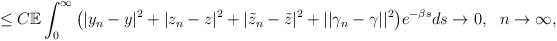
LaTeX: \begin{align*}\begin{aligned}&\leq C\mathbb{E}\int_0^\infty \big(|y_n-y|^2+|z_n-z|^2+|\tilde{z}_n-\tilde{z}|^2+||\gamma_n-\gamma||^2\big)e^{-\beta s}ds\rightarrow0,\ \ n\rightarrow\infty,\end{aligned}\end{align*}